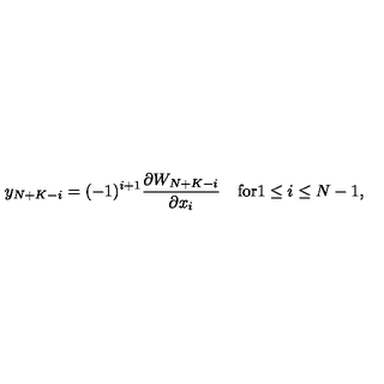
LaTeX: y _ { N + K - i } = ( - 1 ) ^ { i + 1 } \frac { \partial W _ { N + K - i } } { \partial x _ { i } } \quad \mathrm { f o r } 1 \leq i \leq N - 1 ,